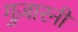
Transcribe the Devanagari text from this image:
गुज़ारनी